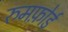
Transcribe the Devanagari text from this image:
रुमफ़ोर्ड